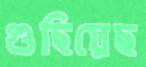
গুছিয়েছ